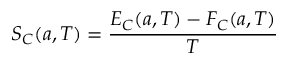
S _ { C } ( a , T ) = { \frac { E _ { C } ( a , T ) - F _ { C } ( a , T ) } { T } }